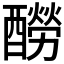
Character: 𨣃